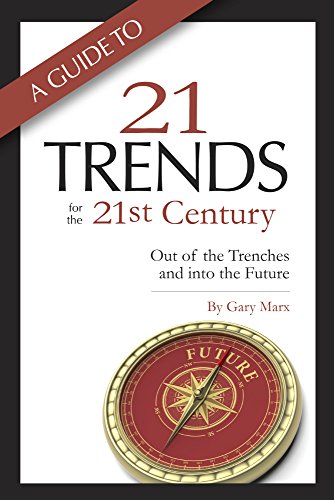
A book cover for A Guide to Twenty-One Trends for the 21st Century: Out of the Trenches and into the Future; Gary Marx; Business & Money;